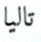
تاليا